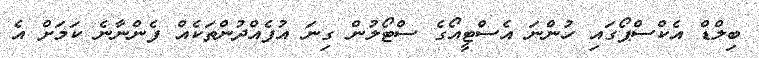
ބިލްޑް އެކްސްޕޯގައި ހުންނަ އެސްޓީއޯގެ ސްޓޯލުން ގިނަ އުފެއްދުންތަކެއް ފެންނާނެ ކަމަށް އެ